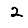
Digit: 2